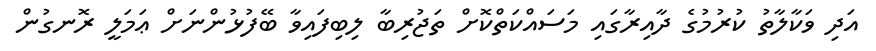
އަދި ވަކާލާތު ކުރުމުގެ ދާއިރާގައި މަސައްކަތްކޮށް ތަޖުރިބާ ލިބިފައިވާ ބޭފުޅުންނަށް ޢަމަލީ ރޮނގުން